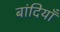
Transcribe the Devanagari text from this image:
बांदियाँ